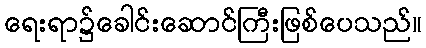
ရေးရာ၌ခေါင်းဆောင်ကြီးဖြစ်ပေသည်။